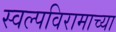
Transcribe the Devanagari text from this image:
स्वल्पविरामाच्या